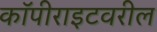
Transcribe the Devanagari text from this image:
कॉपीराइटवरील